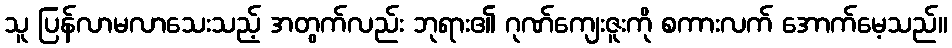
သူ ပြန်လာမလာသေးသည့် အတွက်လည်း ဘုရား၏ ဂုဏ်ကျေးဇူးကို စကားလက် အောက်မေ့သည်။